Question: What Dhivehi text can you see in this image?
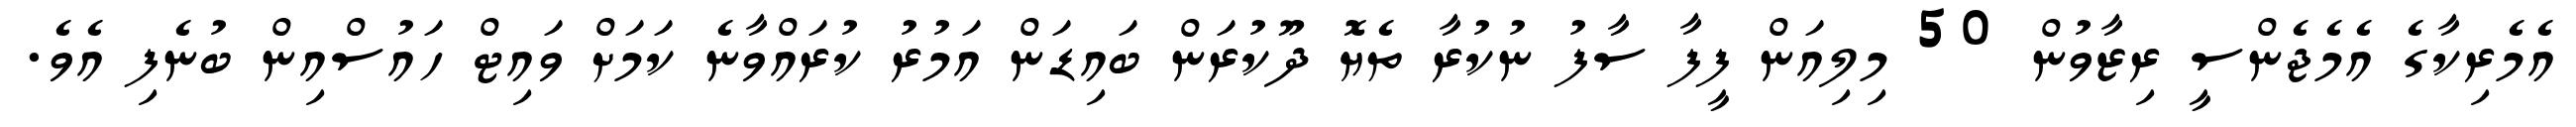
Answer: އެމެރިކާގެ އެމެޖެންސީ ރިޒާވުން 50 މިލިއަން ފީފާ ސާފު ނުކުރާ ތެޔޮ ދޫކުރަން ބައިޑަން އަމުރު ކުރައްވާނެ ކަމަށް ވައިޓް ހައުސްއިން ބުނެފި އެވެ.